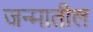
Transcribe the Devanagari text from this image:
जन्‍मातील